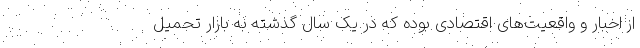
از اخبار و واقعیت‌های اقتصادی بوده که در یک سال گذشته به بازار تحمیل